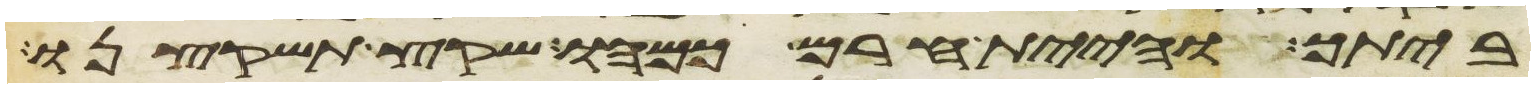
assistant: ביתך והיית חרם כמהו שקץ תשקצנו